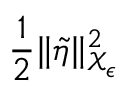
\frac 1 2 \| \tilde { \eta } \| _ { \mathcal { X } _ { \epsilon } } ^ { 2 }